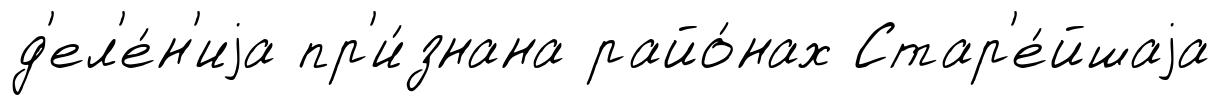
д'ел'е́н'иjа пр'и́знана райо́нах Стар'е́йшаjа